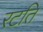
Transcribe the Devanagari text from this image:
रटति